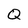
Character: Q